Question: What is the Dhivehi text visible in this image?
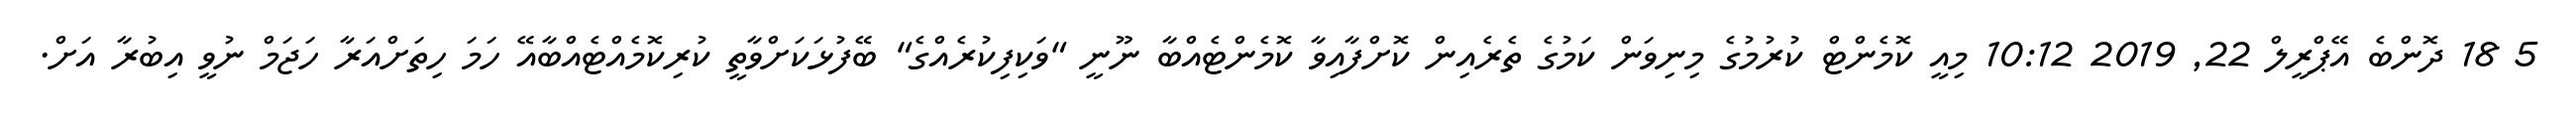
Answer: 5 18 ދޮންބެ އޭޕްރީލް 22, 2019 10:12 މިއީ ކޮމެންޓް ކުރުމުގެ މިނިވަން ކަމުގެ ތެރެއިން ކޮށްފާއިވާ ކޮމެންޓެއްބާ ނޫނީ "ވަކިފިކުރެއްގެ" ބޭފުޅަކަށްވާތީ ކުރިކޮމެއްޓެއްބާއޭ ހަމަ ހިތަށްއަރާ ހަޖަމް ނުވީ އިބުރާ އަށް.